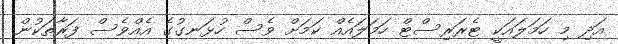
އަދި މި ހަމަލައަކީ ޓެރަރިސްޓް ހަމަލައެއް ކަމަށް ވެސް ހުޅަނގުގެ އެއްވެސް ފަރާތަކުން